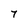
Character: 7